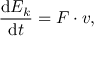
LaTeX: { \frac { \mathrm { d } E _ { k } } { \mathrm { d } t } } = F \cdot v ,